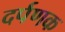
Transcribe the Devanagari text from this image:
दर्पणक